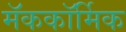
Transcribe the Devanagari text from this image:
मॅककॉर्मिक